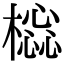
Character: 𣛚